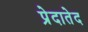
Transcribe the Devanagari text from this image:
प्रेदातेद